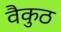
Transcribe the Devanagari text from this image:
वैकुठ